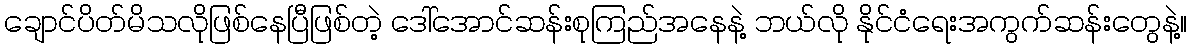
ချောင်ပိတ်မိသလိုဖြစ်နေပြီဖြစ်တဲ့ ဒေါ်အောင်ဆန်းစုကြည်အနေနဲ့ ဘယ်လို နိုင်ငံရေးအကွက်ဆန်းတွေနဲ့။